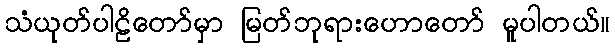
သံယုတ်ပါဠိတော်မှာ မြတ်ဘုရားဟောတော် မူပါတယ်။